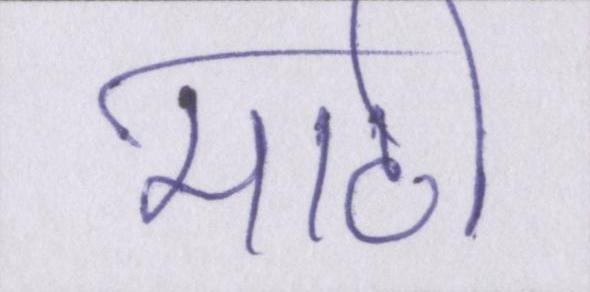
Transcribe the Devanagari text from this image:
माटी